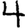
Digit: 4